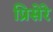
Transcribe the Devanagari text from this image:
प्रिसेरे